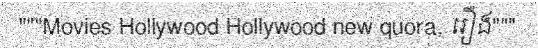
"""Movies Hollywood Hollywood new quora, រឿង"""